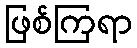
ဖြစ်ကြရာ